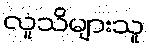
လူသိများသူ